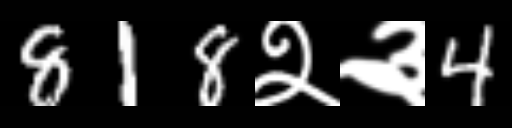
Text: 818२३4